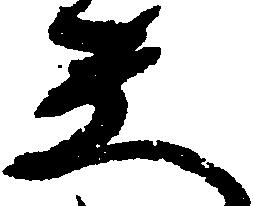
し